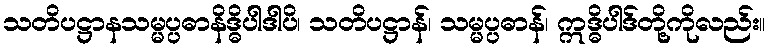
သတိပဋ္ဌာနသမ္မပ္ပဓာနိဒ္ဓိပါဒါပိ၊ သတိပဋ္ဌာန်၊ သမ္မပ္ပဓာန်၊ ဣဒ္ဓိပါဒ်တို့ကိုလည်း။